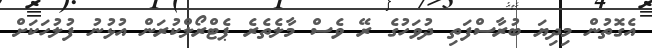
އެގޮތުން މިދިޔަ ބުރާސްފަތި ދުވަހުގެ ރޭ ވެސް މާލެތެރެ ޕެޓްރޯލްކުރަން އުޅުނު ފުލުހަކަށް